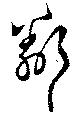
鄰